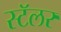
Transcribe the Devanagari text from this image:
स्टॅलर